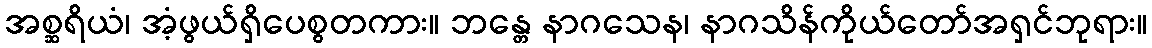
အစ္ဆရိယံ၊ အံ့ဖွယ်ရှိပေစွတကား။ ဘန္တေ နာဂသေန၊ နာဂသိန်ကိုယ်တော်အရှင်ဘုရား။